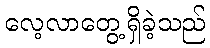
လေ့လာတွေ့ရှိခဲ့သည်